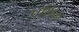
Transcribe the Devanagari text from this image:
पथिक